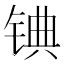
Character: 𬭓